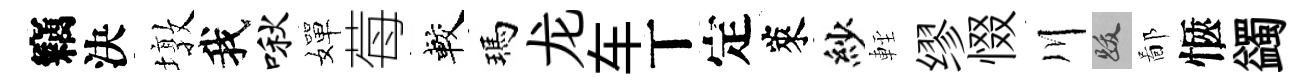
竊決墩我啾嬋莓較瑪龙车丅定萊紗䡖缪惙川跋鄙愜蠲